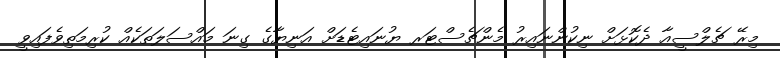
މިރޭ ޗެލްސީއާ ދެކޮޅަށް ނިކުންނައިރު މެންޗެސްޓަރ ޔުނައިޓެޑަށް އަނިޔާގެ ގިނަ މައްސަލަތަކެއް ކުރިމަތިވެފައިވީ